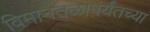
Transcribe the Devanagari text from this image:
विमानतळापर्यंतच्या